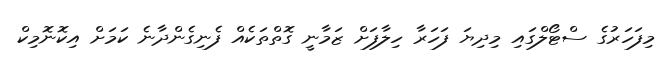
މިފަހަރުގެ ސްޓޯލްގައި މިދިޔަ ފަހަރާ ހިލާފަށް ޒަމާނީ ގޮތްތަކެއް ފެނިގެންދާނެ ކަމަށް އިކޮނޮމިކް